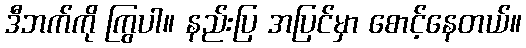
ဒီဘက်ကို ကြွပါ။ နည်းပြ အပြင်မှာ စောင့်နေတယ်။